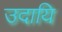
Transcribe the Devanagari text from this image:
उदायि